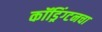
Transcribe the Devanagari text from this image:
कॉड्रिंग्टनचा